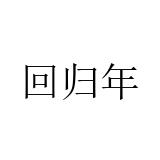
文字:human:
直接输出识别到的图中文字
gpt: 回归年